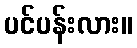
ပင်ပန်းလား။